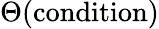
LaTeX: \Theta(\mathrm{condition})